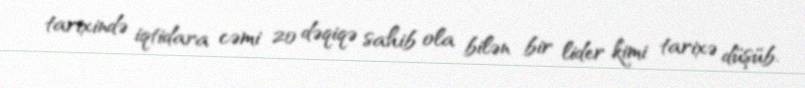
tarixində iqtidara cəmi 20 dəqiqə sahib ola bilən bir lider kimi tarixə düşüb.